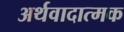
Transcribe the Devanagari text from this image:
अर्थवादात्मक